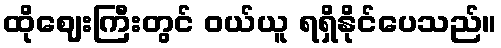
ထိုဈေးကြီးတွင် ဝယ်ယူ ရရှိနိုင်ပေသည်။